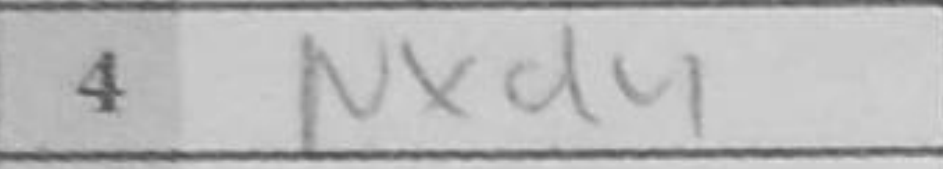
Transcription: Nxd4